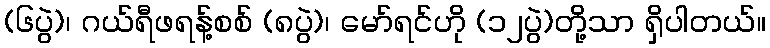
(၆ပွဲ)၊ ဂယ်ရီဖရန့်စစ် (၈ပွဲ)၊ မော်ရင်ဟို (၁၂ပွဲ)တို့သာ ရှိပါတယ်။